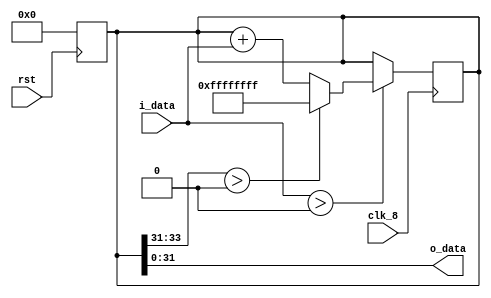
module Integrator(clk_8, rst, i_data, o_data);
input clk_8, rst;
input [31:0] i_data;
output [31:0] o_data;

reg [33:0] acc;

always @(negedge rst)
begin
    acc <= 32'd0;
end

always @(posedge clk_8)
begin
    if (i_data > 32'd0)
    begin
        if (acc[33:31] > 2'd0)
        begin
            acc = 32'hFFFFFFFF;
        end
        else
        begin
            acc = acc + i_data;
        end
    end
end

assign o_data = acc;

endmodule